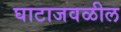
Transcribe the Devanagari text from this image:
घाटाजवळील